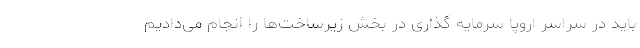
باید در سراسر اروپا سرمایه گذاری در بخش زیرساخت‌ها را انجام می‌دادیم